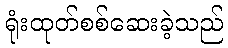
ရုံးထုတ်စစ်ဆေးခဲ့သည်